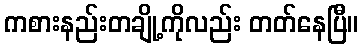
ကစားနည်းတချို့ကိုလည်း တတ်နေပြီ။